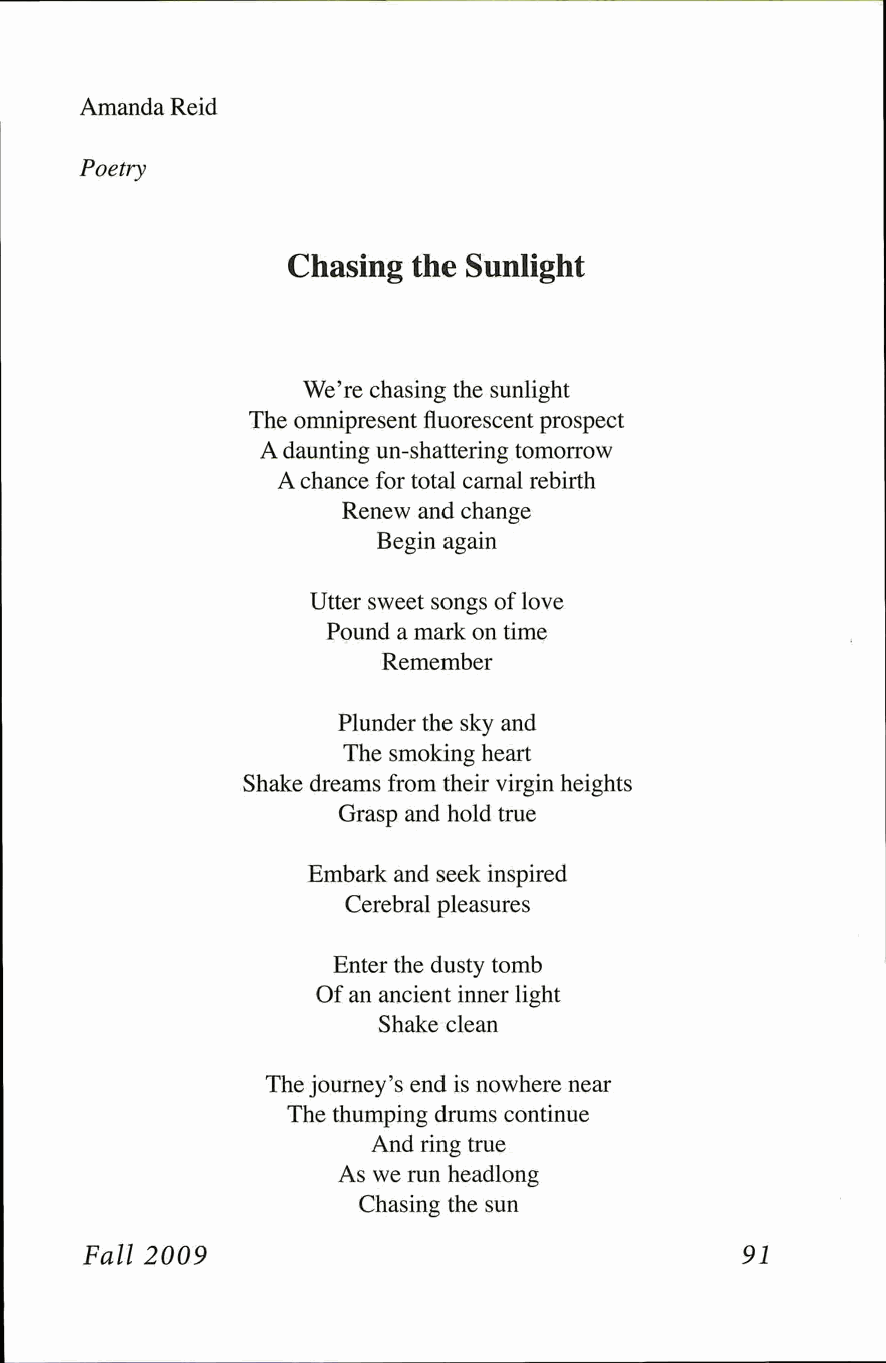
Amanda Reid
 Poetry
 Chasing the Sunlight
 We're chasing the sunlight
 The omnipresent fluorescent prospect
 A daunting un-shattering tomorrow
 A chance for total carnal rebirth
 Renew and change
 Begin again
 Utter sweet songs of love
 Pound a mark on time
 Remember
 Plunder the sky and
 The smoking heart
 Shake dreams from their virgin heights
 Grasp and hold true
 Embark and seek inspired
 Cerebral pleasures
 Enter the dusty tomb
 Of an ancient inner light
 Shake clean
 The journey's end is nowhere near
 The thumping drums continue
 And ring true
 As we run headlong
 Chasing the sun
 Fall 2009